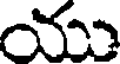
యు